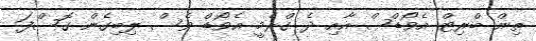
ތިން ބްރިޓް އެވޯޑްސް އާއި ދެ ގްރެމީ އެވޯޑް ވެސް ލިބިގެން ގޮސްފަ